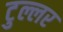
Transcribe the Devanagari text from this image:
टुल्लर